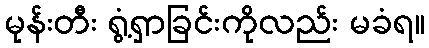
မုန်းတီး ရွံ့ရှာခြင်းကိုလည်း မခံရ။